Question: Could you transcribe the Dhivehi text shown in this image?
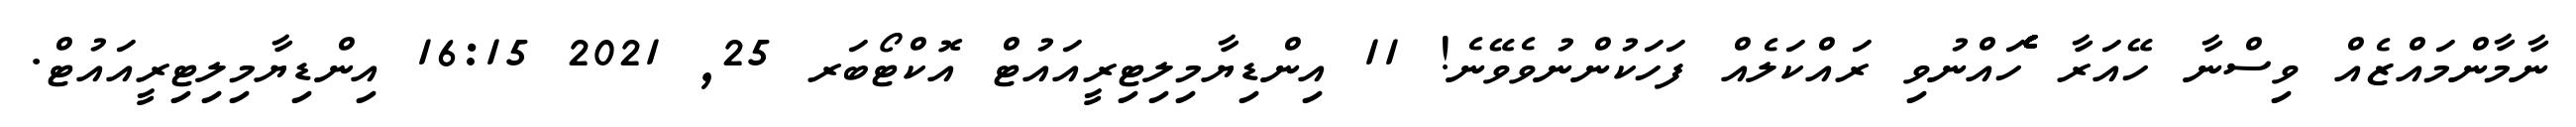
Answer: ނާމާންމައްޒެއް ވިސްނާ ހޭއަރާ ެެެެެެެެެެެެެެެެެެެެެެެެެެެެެެެެެެެެެެެެެެެެެެެެެެެެެެެެެެެެހައްނުވި ރައްކަލެއް ފަހަކުންނުވެވޭނެ! 11 އިންޑިޔާމިލިޓިރީއައުޓް އޮކްޓޯބަރ 25, 2021 16:15 އިންޑިޔާމިލިޓިރީއައުޓް.